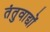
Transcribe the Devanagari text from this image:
तंतुवाद्यों